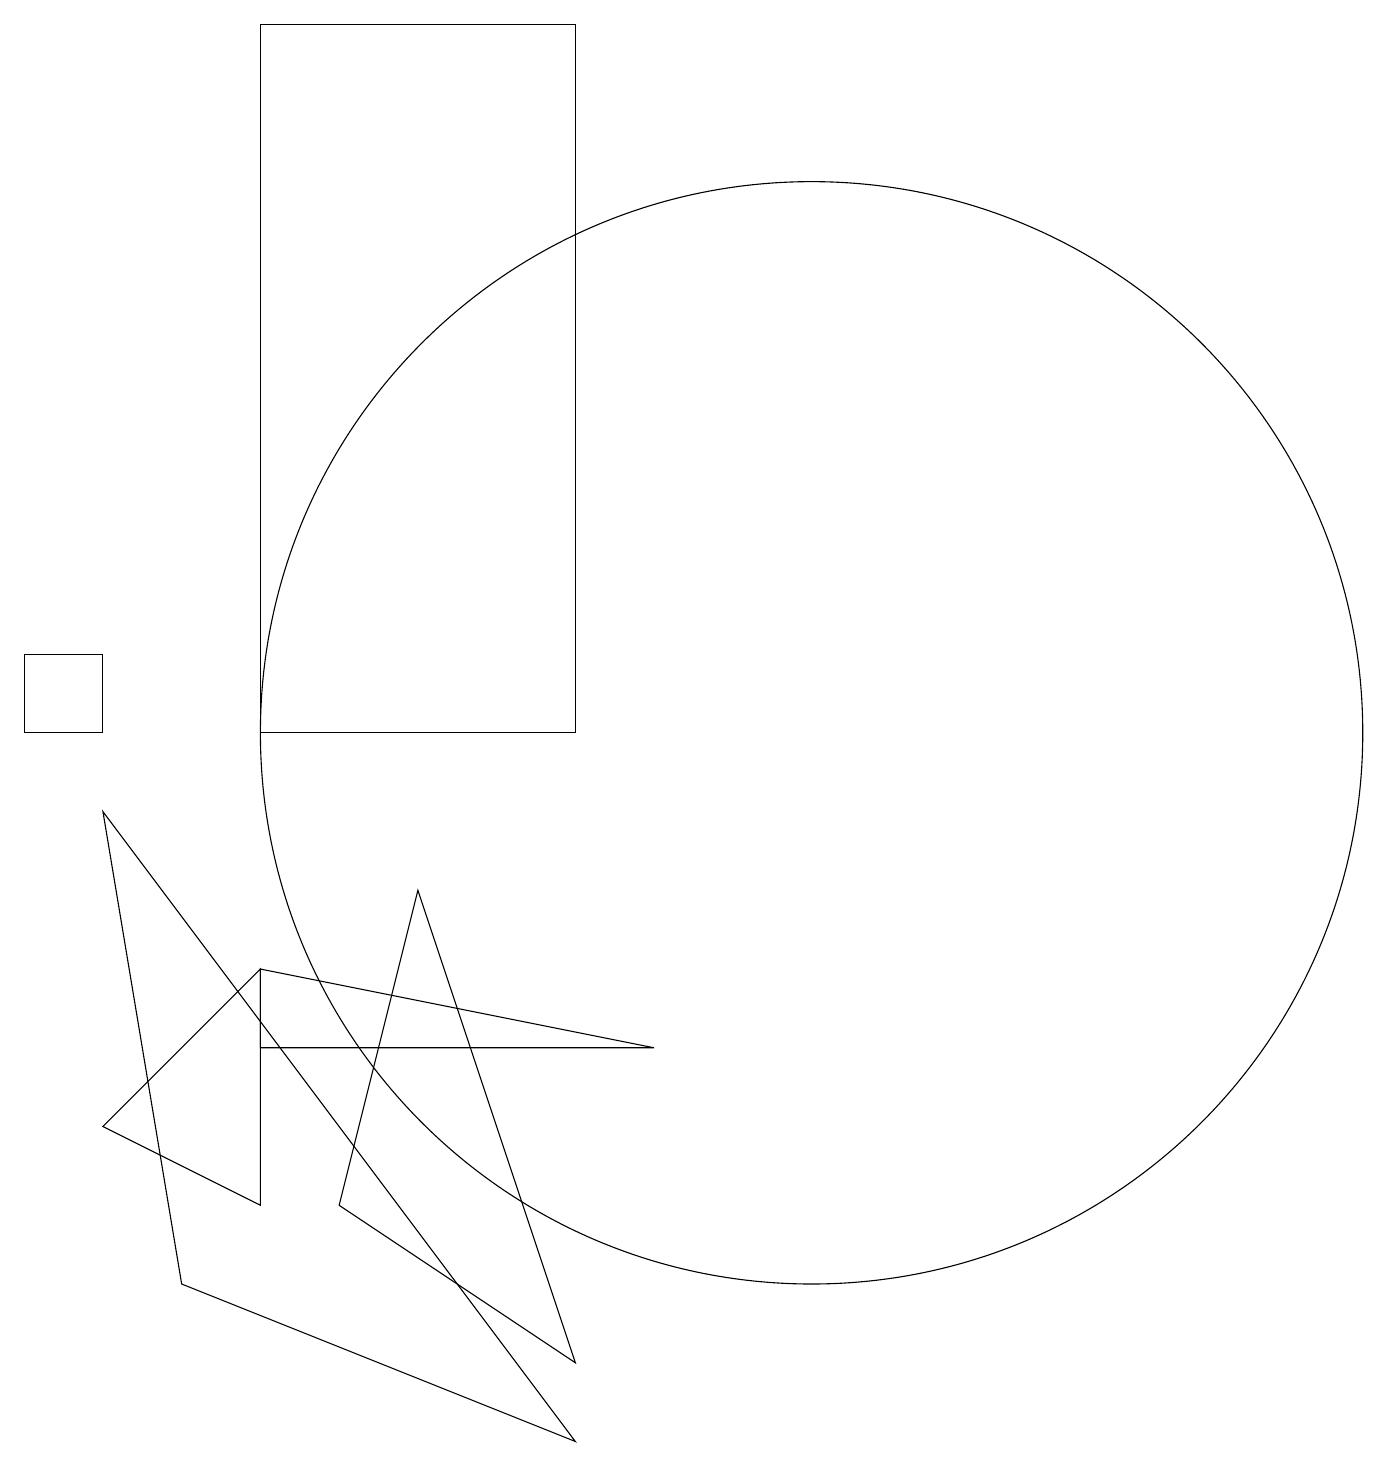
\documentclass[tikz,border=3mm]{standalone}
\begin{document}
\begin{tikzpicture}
\draw (5,8) -- (7,2) -- (4,4) -- cycle;
\draw (1,5) -- (3,4) -- (3,7) -- cycle;
\draw (1,11) rectangle (0,10);
\draw (7,1) -- (2,3) -- (1,9) -- cycle;
\draw (8,6) -- (3,7) -- (3,6) -- cycle;
\draw (10,10) circle (7);
\draw (7,19) rectangle (3,10);
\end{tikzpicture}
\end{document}